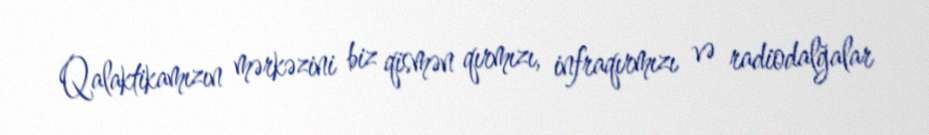
Qalaktikamızın mərkəzini biz qismən qırmızı, infraqırmızı və radiodalğalar